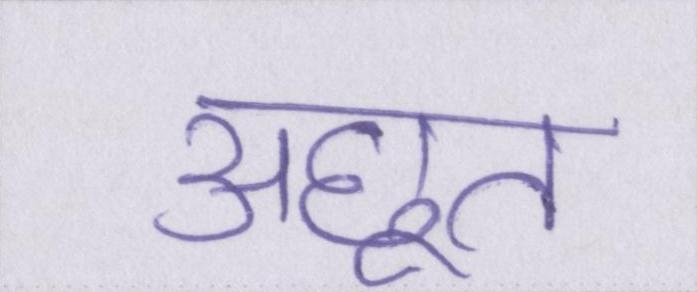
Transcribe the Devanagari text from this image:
अछूत